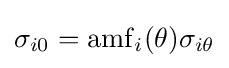
\sigma _{i0}=\mathrm {amf} _{i}(\theta )\sigma _{i\theta }